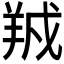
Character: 𬙱